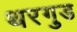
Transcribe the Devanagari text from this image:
थरगुड